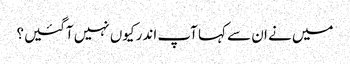
میں‌ نے ان سے کہا آپ اندر کیوں‌ نہیں‌ آگئیں؟